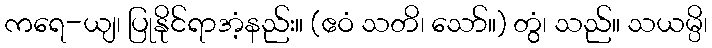
ကရေ-ယျ၊ ပြုနိုင်ရာအံ့နည်း။ (ဧဝံ သတိ၊ သော်။) တွံ၊ သည်။ သယမ္ပိ၊